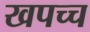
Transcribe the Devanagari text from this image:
खपच्च